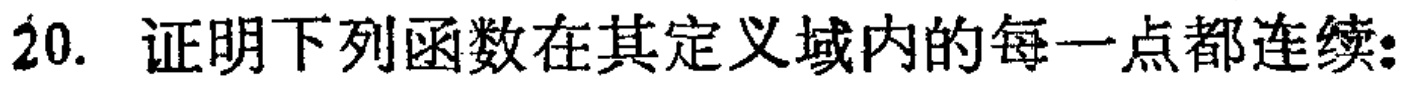
20. 证明下列函数在其定义域内的每一点都连续: